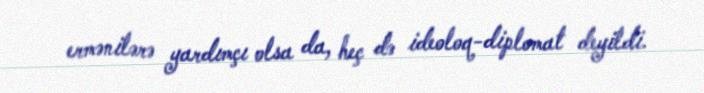
ermənilərə yardımçı olsa da, heç də ideoloq-diplomat deyildi.